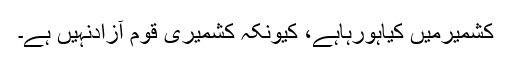
کشمیرمیں کیاہورہاہے، کیونکہ کشمیری قوم آزادنہیں ہے۔